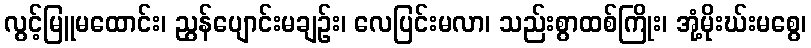
လွင့်မြူမထောင်း၊ ညွန်ပျောင်းမချဉ်း၊ လေပြင်းမလာ၊ သည်းစွာထစ်ကြိုး၊ အုံ့မိုးဃ်းမစွေ၊